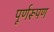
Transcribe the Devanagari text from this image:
पूर्णरूपण